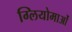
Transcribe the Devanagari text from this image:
ग्लियोमाओं